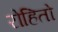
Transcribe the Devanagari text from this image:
रोहितो